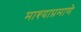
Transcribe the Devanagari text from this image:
माश्याप्रमाणे